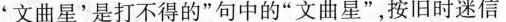
'文曲星'是打不得的”句中的”文曲星”，按旧时迷信